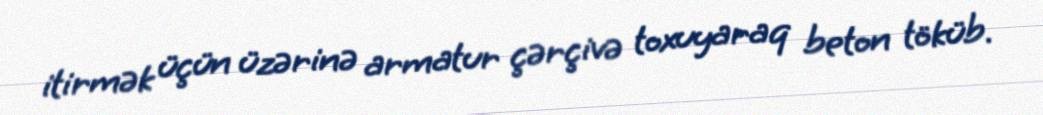
itirmək üçün üzərinə armatur çərçivə toxuyaraq beton töküb.